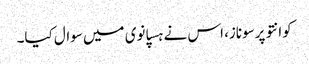
کوانتو پرسوناز، اس نے ہسپانوی میں سوال کیا۔